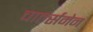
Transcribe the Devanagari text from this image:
चार्ल्समेन